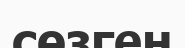
сөзген